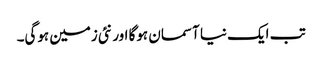
تب ایک نیا آسمان ہوگا اور نئی زمین ہوگی۔